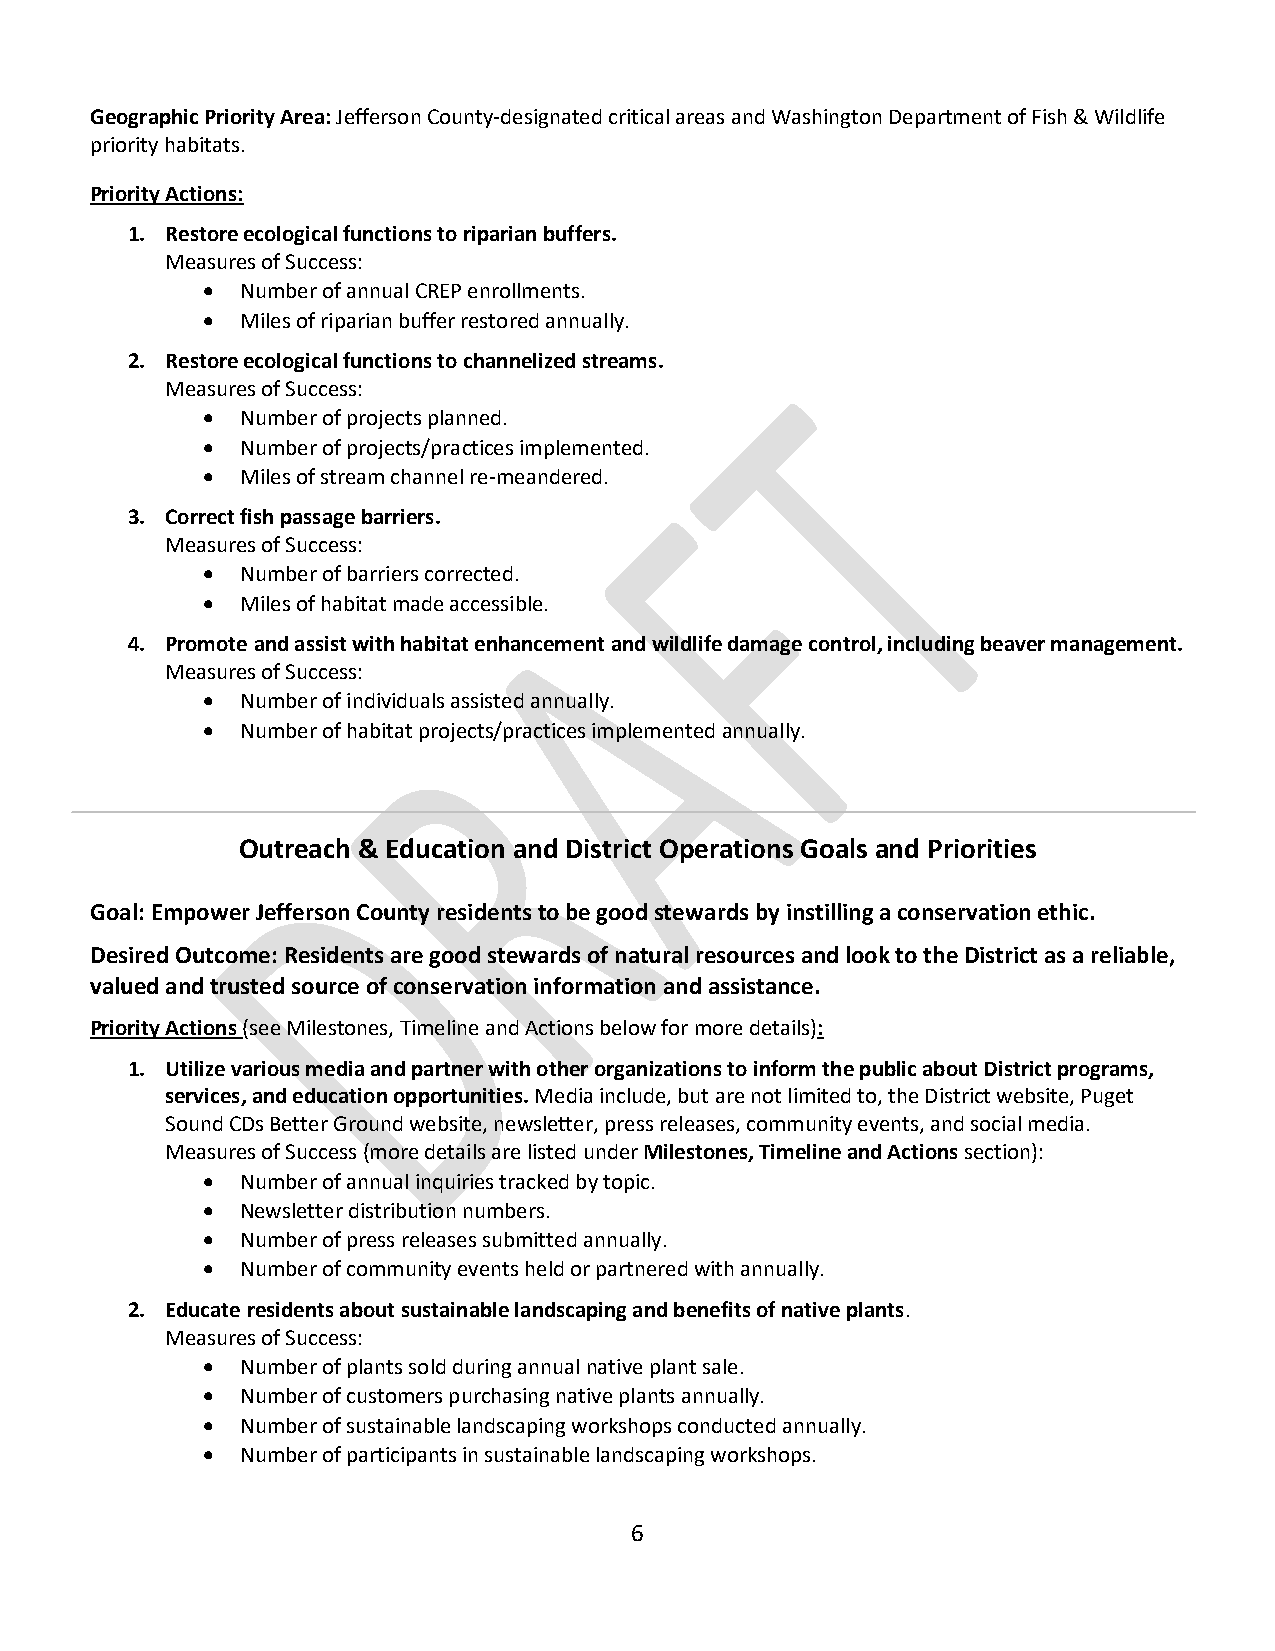
Geographic Priority Area: Jefferson County-designated critical areas and Washington Department of Fish & Wildlife
 priority habitats.
 Priority Actions:
 1. Restore ecological functions to riparian buffers.
 Measures of Success:
 •  Number of annual CREP enrollments.
 •  Miles of riparian buffer restored annually.
 2. Restore ecological functions to channelized streams.
 Measures of Success:
 •  Number of projects planned.
 •  Number of projects/practices implemented.
 •  Miles of stream channel re-meandered.
 3. Correct fish passage barriers.
 Measures of Success:
 •  Number of barriers corrected.
 •  Miles of habitat made accessible.
 4. Promote and assist with habitat enhancement and wildlife damage control, including beaver management.
 Measures of Success:
 •  Number of individuals assisted annually.
 •  Number of habitat projects/practices implemented annually.
 Outreach & Education and District Operations Goals and Priorities
 Goal: Empower Jefferson County residents to be good stewards by instilling a conservation ethic.
 Desired Outcome: Residents are good stewards of natural resources and look to the District as a reliable,
 valued and trusted source of conservation information and assistance.
 Priority Actions (see Milestones, Timeline and Actions below for more details):
 1. Utilize various media and partner with other organizations to inform the public about District programs,
 services, and education opportunities. Media include, but are not limited to, the District website, Puget
 Sound CDs Better Ground website, newsletter, press releases, community events, and social media.
 Measures of Success (more details are listed under Milestones, Timeline and Actions section):
 •  Number of annual inquiries tracked by topic.
 •  Newsletter distribution numbers.
 •  Number of press releases submitted annually.
 •  Number of community events held or partnered with annually.
 2. Educate residents about sustainable landscaping and benefits of native plants.
 Measures of Success:
 •  Number of plants sold during annual native plant sale.
 •  Number of customers purchasing native plants annually.
 •  Number of sustainable landscaping workshops conducted annually.
 •  Number of participants in sustainable landscaping workshops.
 6